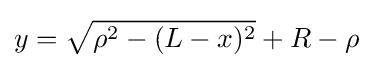
y={\sqrt {\rho ^{2}-(L-x)^{2}}}+R-\rho